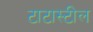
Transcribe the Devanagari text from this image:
टाटास्‍टील